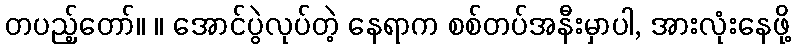
တပည့်တော်။ ။ အောင်ပွဲလုပ်တဲ့ နေရာက စစ်တပ်အနီးမှာပါ, အားလုံးနေဖို့